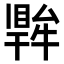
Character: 𤛙